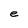
Character: e